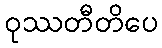
ဝုဿတီတိပေ